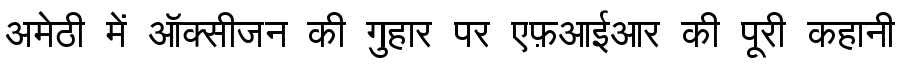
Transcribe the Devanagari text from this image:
अमेठी में ऑक्सीजन की गुहार पर एफ़आईआर की पूरी कहानी